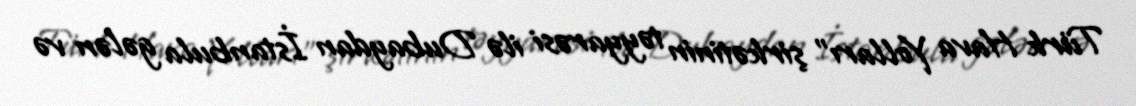
Türk Hava Yolları" şirkətinin təyyarəsi ilə Dubaydan İstanbula gələn və